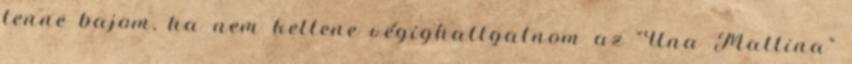
lenne bajom, ha nem kellene végighallgatnom az "Una Mattina"